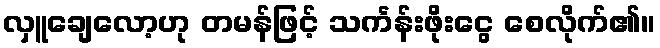
လှူချေလော့ဟု တမန်ဖြင့် သင်္ကန်းဖိုးငွေ စေလိုက်၏။